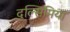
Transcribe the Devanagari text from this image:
दुल्सिमिया